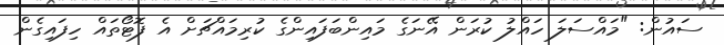
ސައުން: "މައްސަލަ ހައްލު ކުރަން އޭނަގެ މައިންބަފައިންގެ ކުރިމައްޗަށް އެ ފޮޓޯތައް ހިފައިގެން